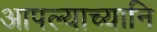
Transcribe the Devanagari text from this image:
आपल्याच्यानि